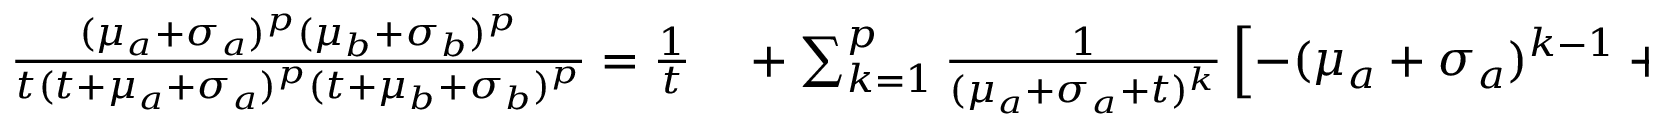
\begin{array} { r l } { \frac { ( \mu _ { a } + \sigma _ { a } ) ^ { p } ( \mu _ { b } + \sigma _ { b } ) ^ { p } } { t ( t + \mu _ { a } + \sigma _ { a } ) ^ { p } ( t + \mu _ { b } + \sigma _ { b } ) ^ { p } } = \frac { 1 } { t } } & { { } + \sum _ { k = 1 } ^ { p } \frac { 1 } { ( \mu _ { a } + \sigma _ { a } + t ) ^ { k } } \left[ - ( \mu _ { a } + \sigma _ { a } ) ^ { k - 1 } + ( - 1 ) ^ { p + 1 } ( \mu _ { a } + \sigma _ { a } - \mu _ { b } - \sigma _ { b } ) ^ { k - 2 p } \right. } \end{array}